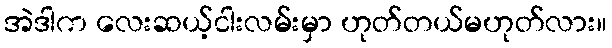
အဲဒါက လေးဆယ့်ငါးလမ်းမှာ ဟုတ်တယ်မဟုတ်လား။